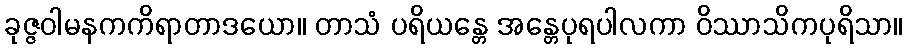
ခုဇ္ဇဝါမနကကိရာတာဒယော။ တာသံ ပရိယန္တေ အန္တေပုရပါလကာ ဝိဿာသိကပုရိသာ။